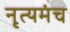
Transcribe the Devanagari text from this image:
नृत्यमंच